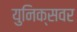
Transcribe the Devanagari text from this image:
युनिक्सवर